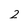
Character: 2